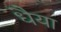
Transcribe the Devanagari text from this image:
धैया